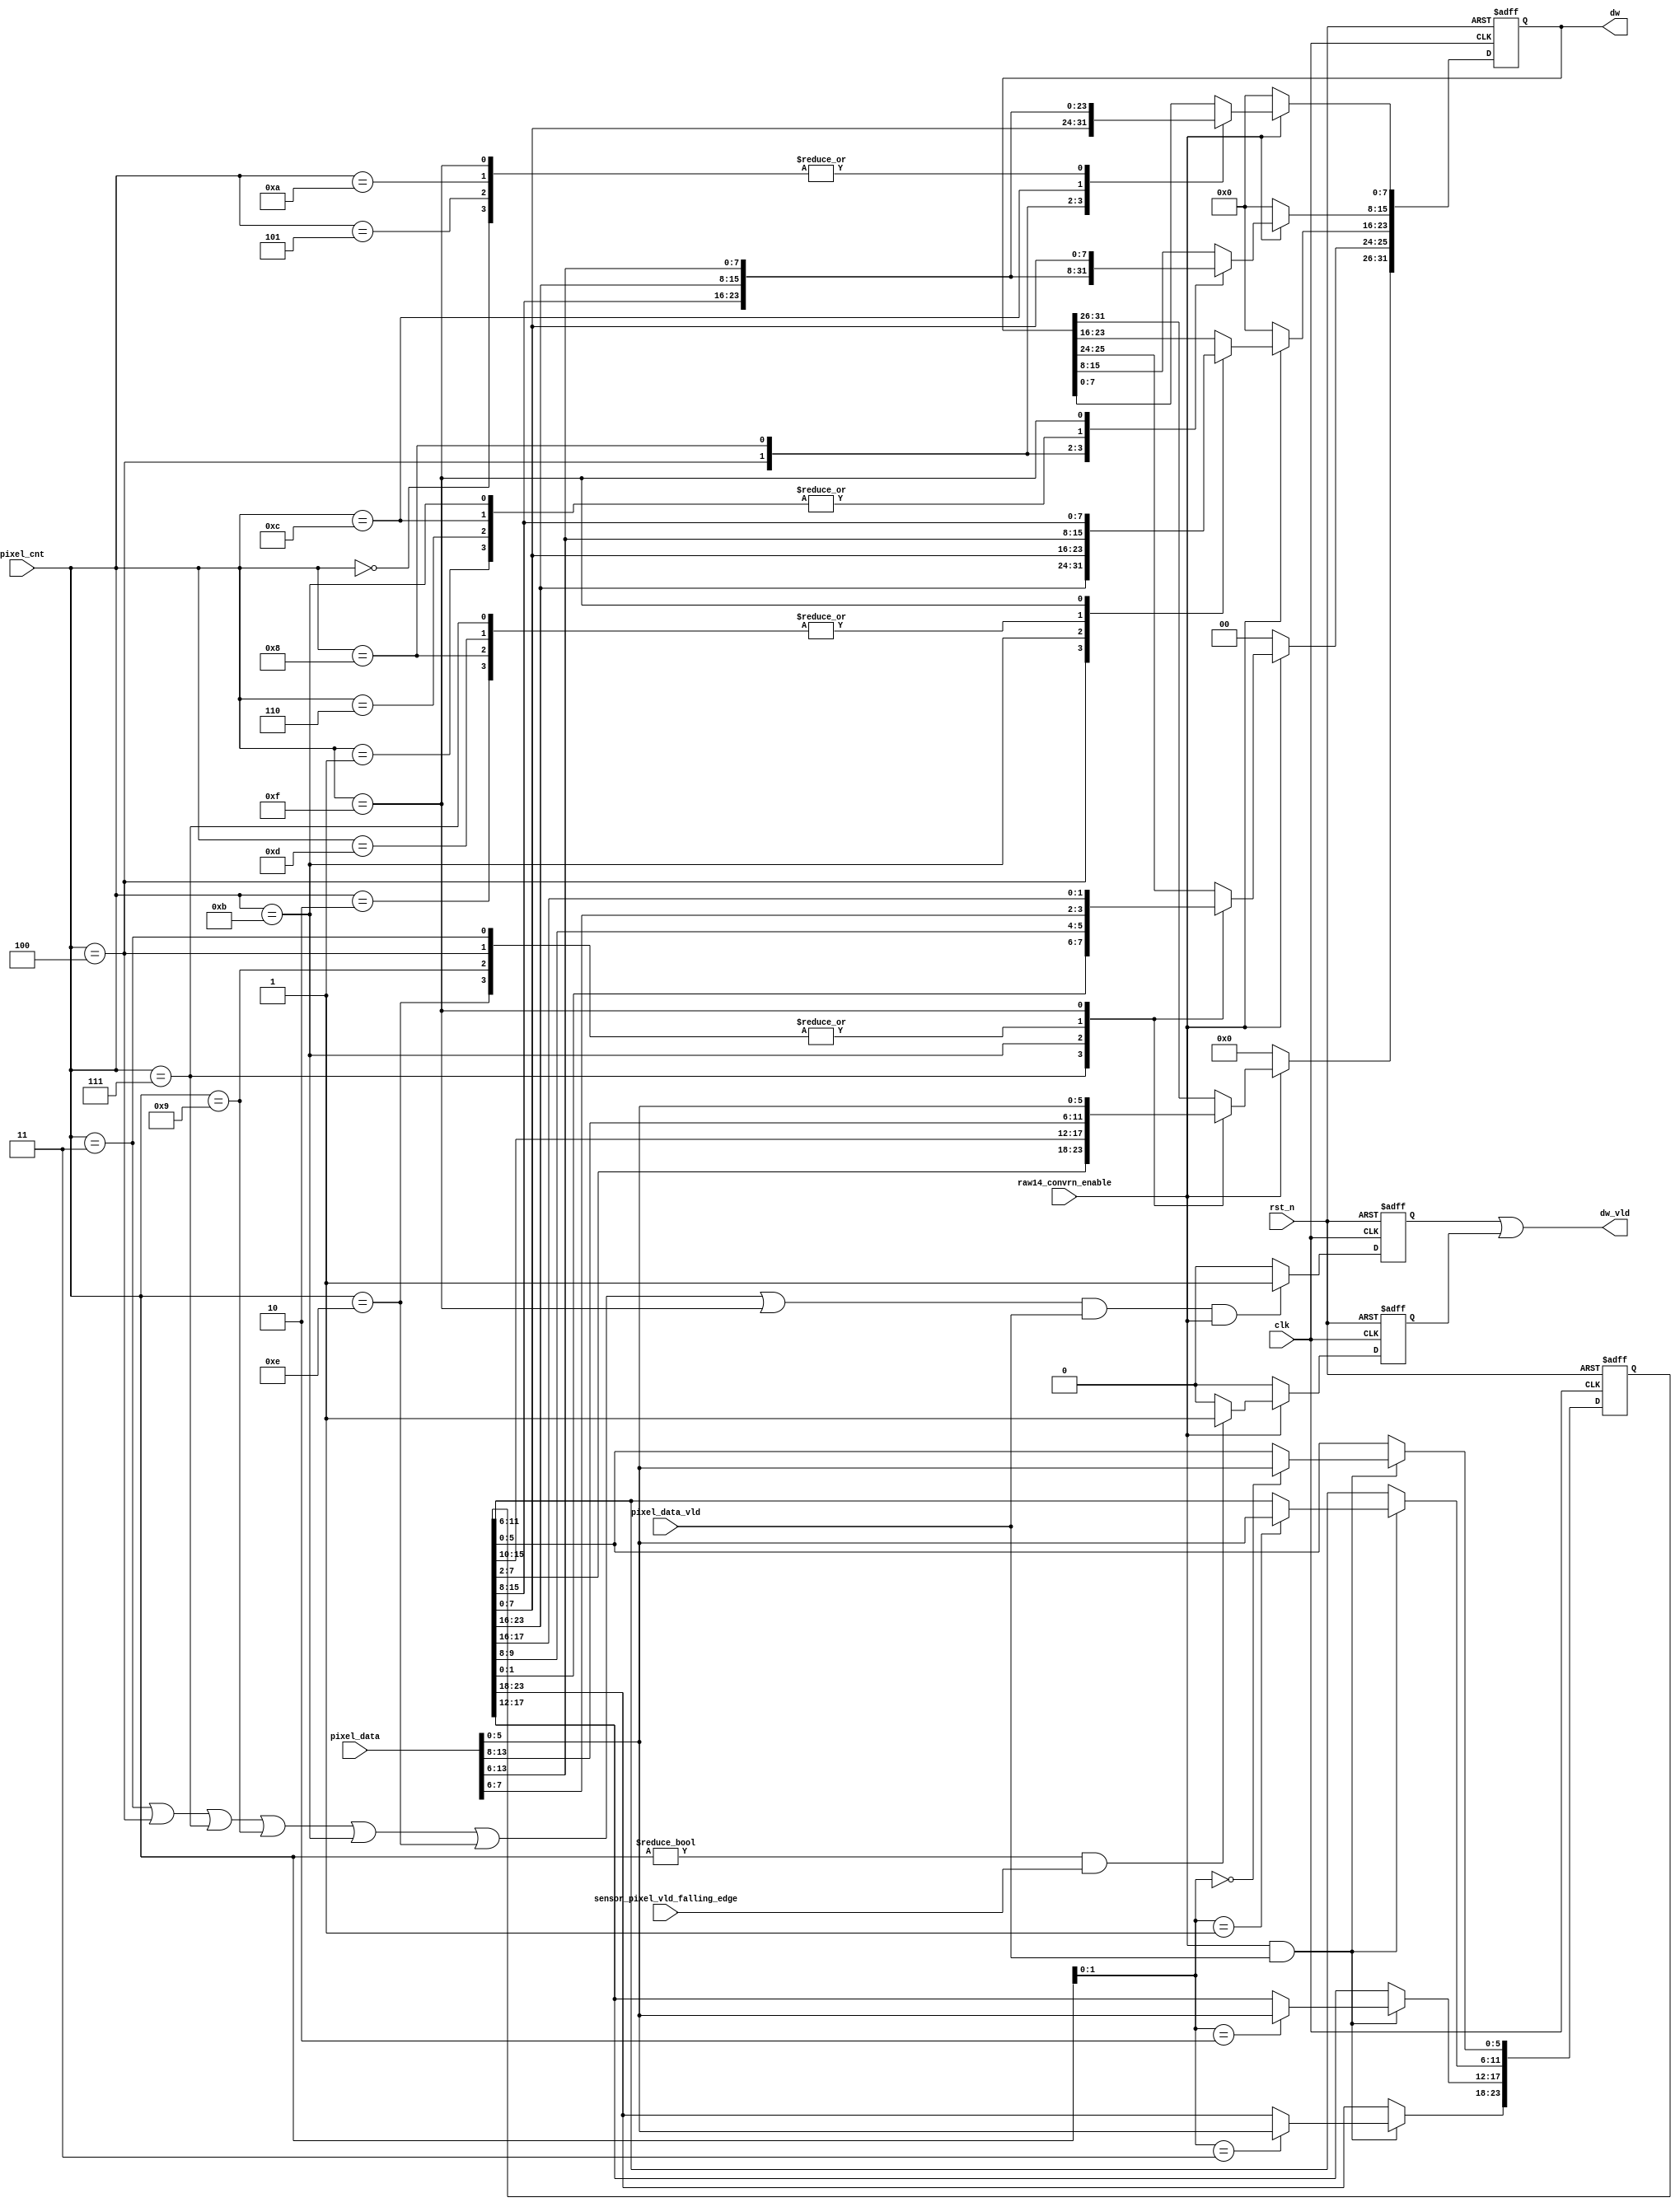
module csi2tx_raw14_p2b 
 (
 input  wire         clk,
 input  wire         rst_n,
 input  wire [3:0]   pixel_cnt,
 input  wire [13:0]  pixel_data,
 input  wire         pixel_data_vld,
 input  wire         sensor_pixel_vld_falling_edge,
 input  wire         raw14_convrn_enable,
 output wire [31:0]  dw,
 output wire         dw_vld
 );
 
 reg  [31:0] dw_reg;
 reg         dw_vld_s;
 wire        min_rxed_pkt_vld; 
 reg         d_min_rxed_pkt_vld; 
 reg  [23:0]  lsb_pxl_reg;  
  /*---------------------------------------------------------------------------*/
 // Output valid generation, when the received packet 4 pixel
 // count is checked for one extra bcuase of falling edge detection of the vld
 // from the sensor interface
 assign min_rxed_pkt_vld = ( raw14_convrn_enable  ? 
                           ((( pixel_cnt != 0  ) && sensor_pixel_vld_falling_edge ) ? 1'b1 : 1'b0 ) 
                           : 1'b0 ); 
  // This section is a must, otherwise the min and actual will overlap
 always@(posedge clk or negedge rst_n)
 begin
  if ( rst_n == 1'b0 )
   d_min_rxed_pkt_vld <= 1'b0;
  else
   d_min_rxed_pkt_vld <= min_rxed_pkt_vld;
 end
 /* LSB bits capture */
 always@(posedge clk or negedge rst_n)
 begin
  if ( rst_n == 1'b0 )
   lsb_pxl_reg <= 24'b0;
  else if ( raw14_convrn_enable && pixel_data_vld)
   case ( pixel_cnt[1:0] )
        2'b00 : lsb_pxl_reg[5:0]   <= pixel_data[5:0];
        2'b01 : lsb_pxl_reg[11:6]  <= pixel_data[5:0];
        2'b10 : lsb_pxl_reg[17:12] <= pixel_data[5:0];
        2'b11 : lsb_pxl_reg[23:18] <= pixel_data[5:0];
        default : lsb_pxl_reg[23:0] <= 24'b0;
    endcase
 end
 
 /*---------------------------------------------------------------------------*/
 // Logic to convert the pixel to dw
 // This is been registerd as this interface is expected to work at around 400Mhz
 always@(posedge clk or negedge rst_n)
 begin
  if ( rst_n == 1'b0)
   dw_reg <= 32'b0;
  else if ( raw14_convrn_enable )
   case (pixel_cnt)
    4'b0000 : dw_reg[7:0]   <= pixel_data[13:6]; // p0
    4'b0001 : dw_reg[15:8]  <= pixel_data[13:6]; // p1
    4'b0010 : dw_reg[23:16] <= pixel_data[13:6]; // p2
    4'b0011 : dw_reg[31:24] <= pixel_data[13:6]; // p3
    4'b0100 : 
    begin
     dw_reg[23:0] <= lsb_pxl_reg;  // lsb of p1,p2,p3, p4[5:0]
     dw_reg[31:24] <= pixel_data[13:6]; // p4
    end 
    4'b0101 : dw_reg[7:0]   <= pixel_data[13:6]; // p5
    4'b0110 : dw_reg[15:8]  <= pixel_data[13:6]; // p6
    4'b0111 : 
    begin
    dw_reg[23:16] <= pixel_data[13:6]; // p7
    dw_reg[31:24] <= lsb_pxl_reg[7:0];
    end
    4'b1000 :
    begin
     dw_reg[15:0]  <= lsb_pxl_reg[23:8];
     dw_reg[23:16] <= pixel_data[13:6]; // p8
    end
    4'b1001 : dw_reg[31:24] <= pixel_data[13:6];    // p9
    4'b1010 : dw_reg[7:0] <= pixel_data[13:6]; // p10
    4'b1011 : 
    begin
    dw_reg[15:8] <= pixel_data[13:6]; // p11
    dw_reg[31:16] <= lsb_pxl_reg[15:0];
    end
    4'b1100 : 
    begin
     dw_reg[7:0]   <= lsb_pxl_reg[23:16];
     dw_reg[15:8]  <= pixel_data[13:6]; // p12
    end
    4'b1101 : dw_reg[23:16] <= pixel_data[13:6]; // p13
    4'b1110 : dw_reg[31:24] <= pixel_data[13:6]; // p14
    4'b1111 :
    begin
     dw_reg[7:0]   <= pixel_data[13:6]; // p15
     dw_reg[25:8]  <= lsb_pxl_reg[17:0];
     dw_reg[31:26] <= pixel_data[5:0]; // p15
    end
   endcase
       else
         dw_reg <= 32'b0;
 end
 
 assign dw = dw_reg;
    
 // As the data valid is registered version, check the count one clock before
  always@(posedge clk or negedge rst_n)
  begin
   if ( rst_n == 1'b0 )
    dw_vld_s <= 1'b0;
   else if (( (pixel_cnt == 4'b0011) || (pixel_cnt == 4'b0100) || (pixel_cnt == 4'b0111) || 
              (pixel_cnt == 4'b1001) || (pixel_cnt == 4'b1011) || (pixel_cnt == 4'b1110) || 
              (pixel_cnt == 4'b1111)) && pixel_data_vld && raw14_convrn_enable)
    dw_vld_s <= 1'b1;
   else
    dw_vld_s <= 1'b0;              
  end 
  assign dw_vld = (dw_vld_s || d_min_rxed_pkt_vld);
  
endmodule